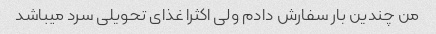
من چندین بار سفارش دادم ولی اکثرا غذای تحویلی سرد میباشد